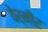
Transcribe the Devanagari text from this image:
वेर्मीर